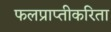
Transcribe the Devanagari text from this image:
फलप्राप्तीकरिता